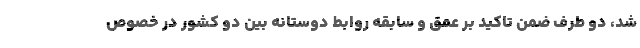
شد، دو طرف ضمن تاکید بر عمق و سابقه روابط دوستانه بین دو کشور در خصوص